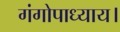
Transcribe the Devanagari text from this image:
गंगोपाध्याय।